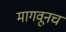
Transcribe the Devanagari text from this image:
मागवूनच